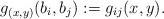
LaTeX: \begin{align*}g_{(x,y)}(b_{i},b_{j}):=g_{ij}(x,y). \end{align*}